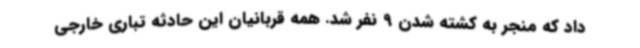
داد که منجر به کشته شدن 9 نفر شد. همه قربانیان این حادثه تباری خارجی